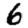
Digit: 6